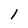
Character: l